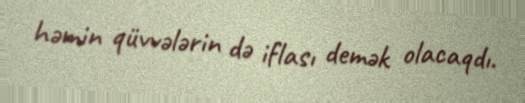
həmin qüvvələrin də iflası demək olacaqdı.